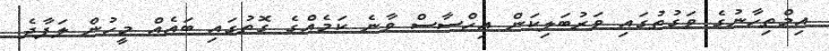
އިމްތިހާނުގެ ވަގުތުގައި ވަރުބަލިކަން އިހްސާސް ވާނެ ކަމެއްގެ ގޮތުގައި ބައެެއް މީހުން ލަފާދެ